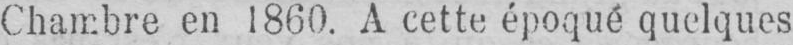
Chambre en 1860. A cette époque quelques